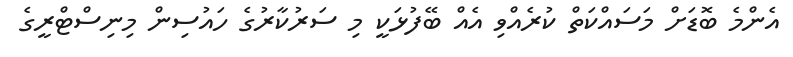
އެންމެ ބޮޑަށް މަސައްކަތް ކުރެއްވި އެއް ބޭފުޅަކީ މި ސަރުކާރުގެ ހައުސިން މިނިސްޓްރީގެ